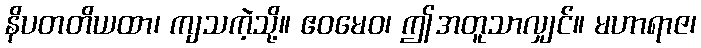
နိပတတိယထာ၊ ကျသကဲ့သို့။ ဧဝမေဝ၊ ဤအတူသာလျှင်။ မဟာရာဇ၊